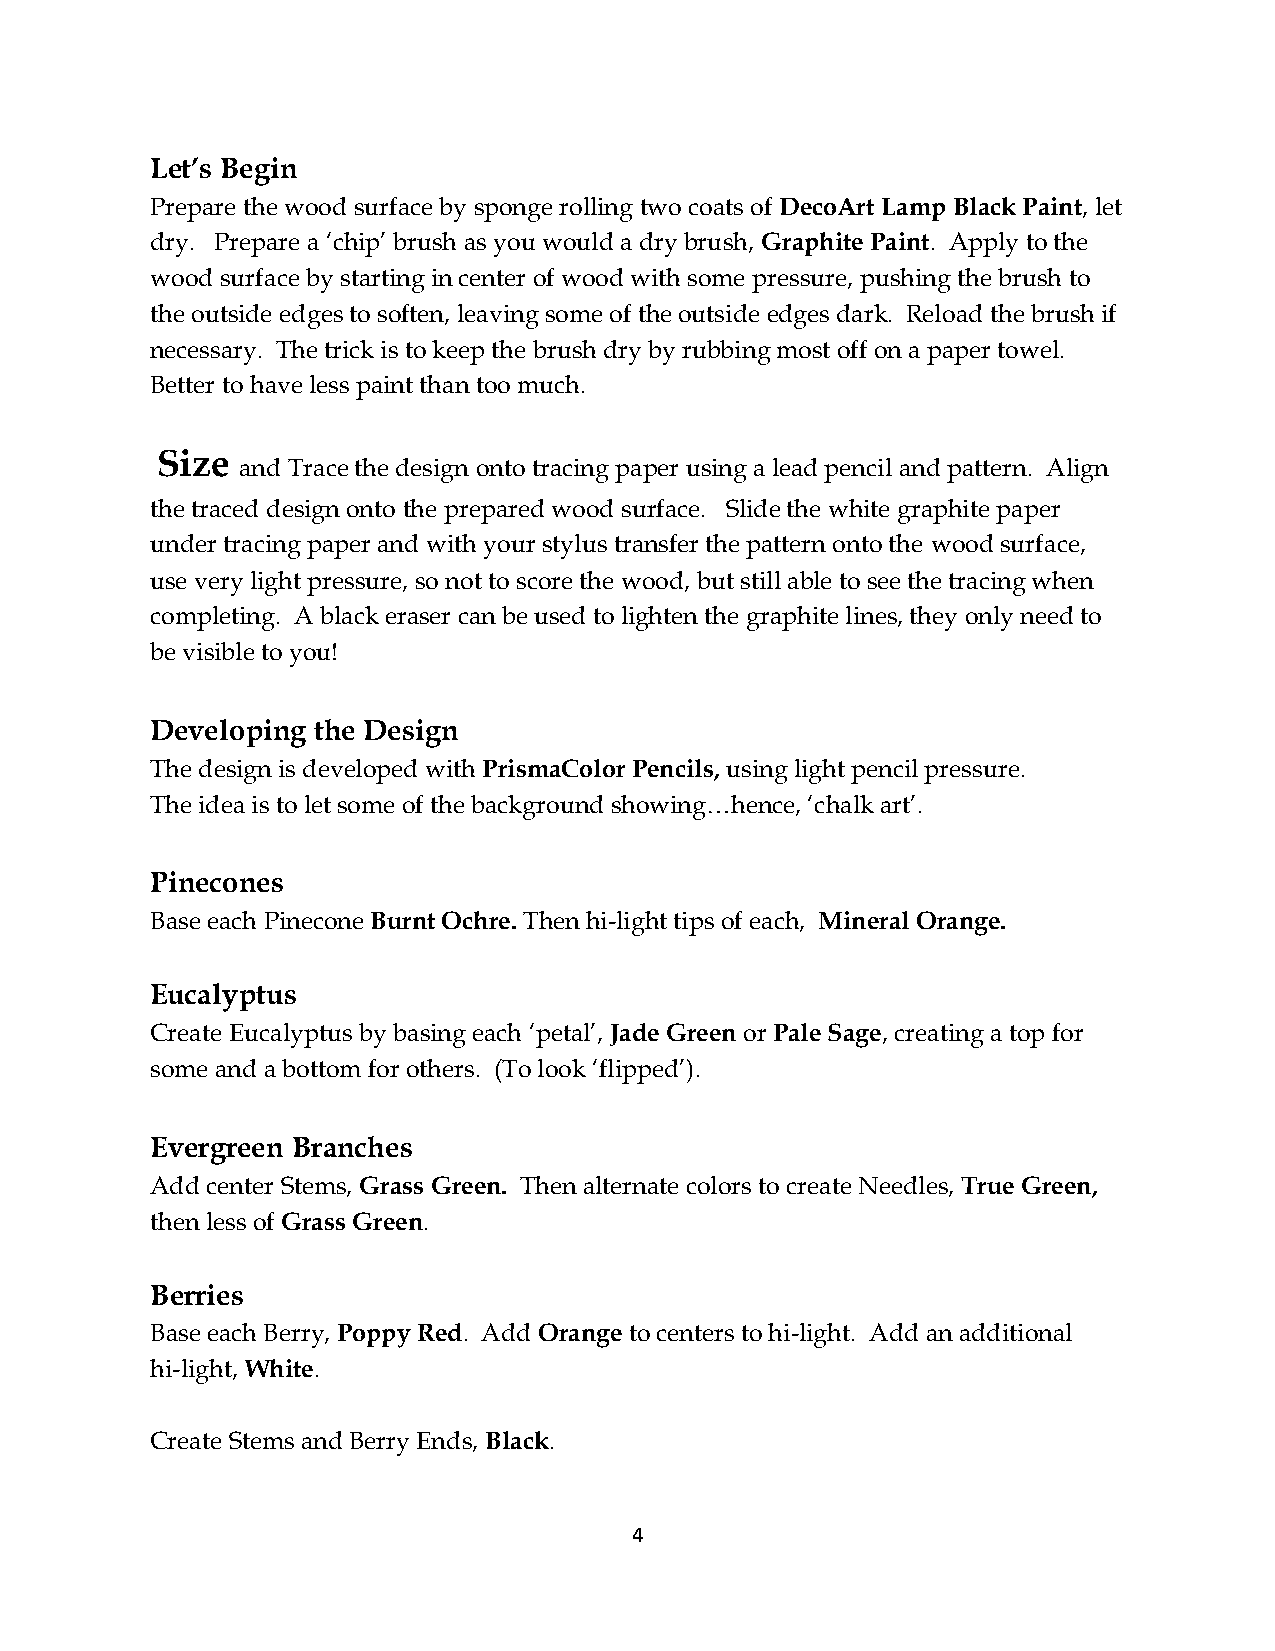
Let’s Begin
 Prepare the wood surface by sponge rolling two coats of DecoArt Lamp Black Paint, let
 dry. Prepare a ‘chip’ brush as you would a dry brush, Graphite Paint. Apply to the
 wood surface by starting in center of wood with some pressure, pushing the brush to
 the outside edges to soften, leaving some of the outside edges dark. Reload the brush if
 necessary. The trick is to keep the brush dry by rubbing most off on a paper towel.
 Better to have less paint than too much.
 Size
 and Trace the design onto tracing paper using a lead pencil and pattern. Align
 the traced design onto the prepared wood surface. Slide the white graphite paper
 under tracing paper and with your stylus transfer the pattern onto the wood surface,
 use very light pressure, so not to score the wood, but still able to see the tracing when
 completing. A black eraser can be used to lighten the graphite lines, they only need to
 be visible to you!
 Developing the Design
 The design is developed with PrismaColor Pencils, using light pencil pressure.
 The idea is to let some of the background showing…hence, ‘chalk art’.
 Pinecones
 Base each Pinecone Burnt Ochre. Then hi-light tips of each, Mineral Orange.
 Eucalyptus
 Create Eucalyptus by basing each ‘petal’, Jade Green or Pale Sage, creating a top for
 some and a bottom for others. (To look ‘flipped’).
 Evergreen Branches
 Add center Stems, Grass Green. Then alternate colors to create Needles, True Green,
 then less of Grass Green.
 Berries
 Base each Berry, Poppy Red. Add Orange to centers to hi-light. Add an additional
 hi-light, White.
 Create Stems and Berry Ends, Black.
 4